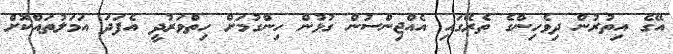
އޭގެ އިތުރުން ދިވެހިންގެ ތެރޭގައި އެއްޖިންސުން ގުޅުުން ހިންގުމަށް ހިތްވަރުދީ އެފަދަ އަމަލުތައްކޮށް